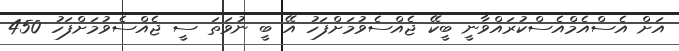
އަށް އެސްއެމްއެސްކުރައްވާނީ ބީކޭ ޖެއްސެވުމަށްފަހު އޭ ބީ ނުވަތަ ސީ ޖެއްސެވުމަށްފަހު 450